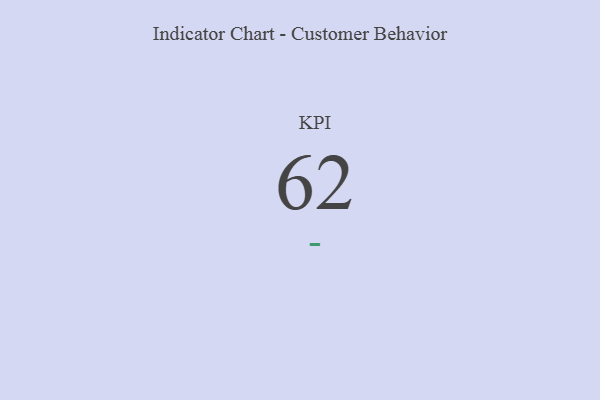
{"axis": {"x": "KPI", "y": "Value"}, "legend": [""], "data": [{"x": "KPI", "y": 62, "type": ""}]}